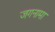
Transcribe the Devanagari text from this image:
जगनामा